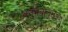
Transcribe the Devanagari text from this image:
अनुभवांतूनच